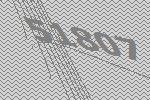
51807